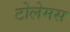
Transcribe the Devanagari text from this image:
टोलेमस